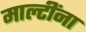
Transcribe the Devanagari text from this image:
माल्टींना